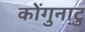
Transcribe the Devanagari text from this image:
कोंगुनाटु